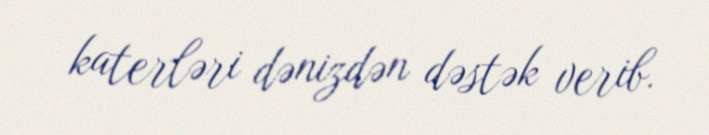
katerləri dənizdən dəstək verib.